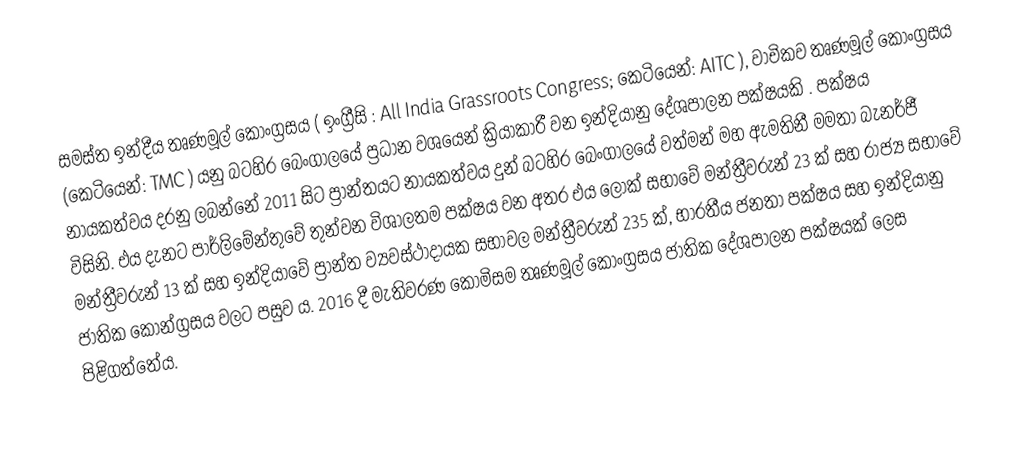
සමස්ත ඉන්දීය තෘණමූල් කොංග්‍රසය ( ඉංග්‍රීසි : All India Grassroots Congress; කෙටියෙන්: AITC ), වාචිකව තෘණමූල් කොංග්‍රසය (කෙටියෙන්:  TMC ) යනු බටහිර බෙංගාලයේ ප්‍රධාන වශයෙන් ක්‍රියාකාරී වන ඉන්දියානු දේශපාලන පක්ෂයකි .  පක්ෂය නායකත්වය දරනු ලබන්නේ 2011 සිට ප්‍රාන්තයට නායකත්වය දුන් බටහිර බෙංගාලයේ වත්මන් මහ ඇමතිනී මමතා බැනර්ජී විසිනි. එය දැනට පාර්ලිමේන්තුවේ තුන්වන විශාලතම පක්ෂය වන අතර එය ලෝක් සභාවේ මන්ත්‍රීවරුන් 23 ක් සහ රාජ්‍ය සභාවේ මන්ත්‍රීවරුන් 13 ක් සහ ඉන්දියාවේ ප්‍රාන්ත ව්‍යවස්ථාදායක සභාවල මන්ත්‍රීවරුන් 235 ක්, භාරතීය ජනතා පක්ෂය සහ ඉන්දියානු ජාතික කොන්ග්‍රසය වලට පසුව ය.   2016 දී මැතිවරණ කොමිසම තෘණමූල් කොංග්‍රසය ජාතික දේශපාලන පක්ෂයක් ලෙස පිළිගත්තේය.